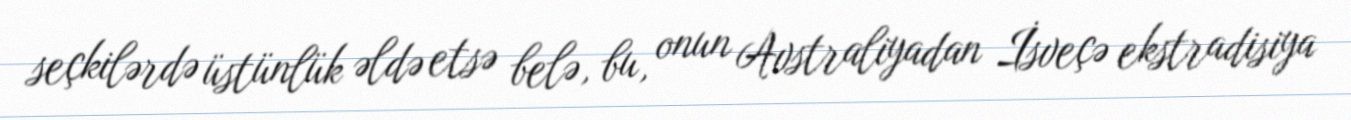
seçkilərdə üstünlük əldə etsə belə, bu, onun Avstraliyadan İsveçə ekstradisiya